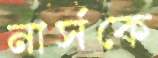
নার্সকে